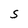
Character: S